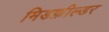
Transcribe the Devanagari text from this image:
मिडफ़ील्डर